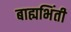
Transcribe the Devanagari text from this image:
बाह्यभिंती